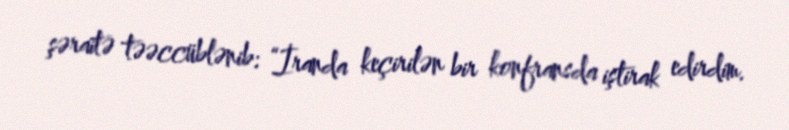
şəraitə təəccüblənib: “İranda keçirilən bir konfransda iştirak edirdim.